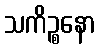
သကိဉ္စနော